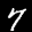
Label: 7